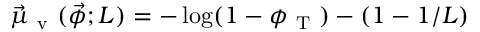
\vec { \mu } _ { \mathrm { ~ v ~ } } ( \vec { \phi } ; L ) = - \log ( 1 - \phi _ { \mathrm { ~ T ~ } } ) - ( 1 - 1 / L )